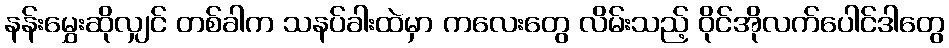
နန်းမွှေးဆိုလျှင် တစ်ခါက သနပ်ခါးထဲမှာ ကလေးတွေ လိမ်းသည့် ဝိုင်အိုလက်ပေါင်ဒါတွေ